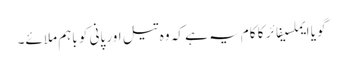
گویا ایملسیفائر کا کام یہ ہے کہ وہ تیل اور پانی کو باہم ملائے۔